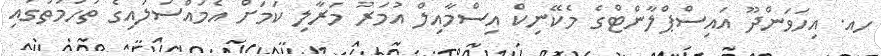
ހއ. އިހަވަންދޫ އައިސްޕްލާންޓްގެ މެކޭނިކް އިސްމާއިލް އުމަރު މަރާލި ކަމަށް އެމައްސަލައިގެ ތުހުމަތުގައި